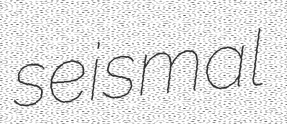
seismal